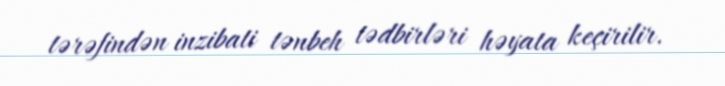
tərəfindən inzibati tənbeh tədbirləri həyata keçirilir.